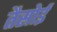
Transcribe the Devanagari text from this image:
तैसोई